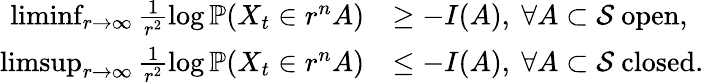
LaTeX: \begin{array}{rl}{\operatorname*{liminf}_{r\rightarrow\infty}\frac{1}{r^{2}}\log\mathbb{P}(X_{t}\in r^{n}A)}&{\geq-I(A),\ \forall A\subset\mathcal{S}\ \mathrm{open},}\\ {\operatorname*{limsup}_{r\rightarrow\infty}\frac{1}{r^{2}}\log\mathbb{P}(X_{t}\in r^{n}A)}&{\leq-I(A),\ \forall A\subset\mathcal{S}\ \mathrm{closed}.}\end{array}